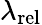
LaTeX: \lambda_{\mathrm{{rel}}}